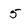
Character: 5